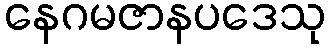
နေဂမဇာနပဒေသု